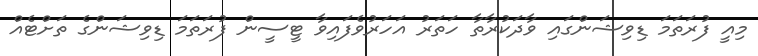
މިއީ ފުރަތަމަ ޑިވިޝަންގައި ވާދަކުރާތާ ހަތަރު އަހަރުވެފައިވާ ޓީސީން ފުރަތަމަ ޑިވިޝަންގެ ތަށްޓެއް